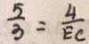
\frac { 5 } { 3 } = \frac { 4 } { E C }